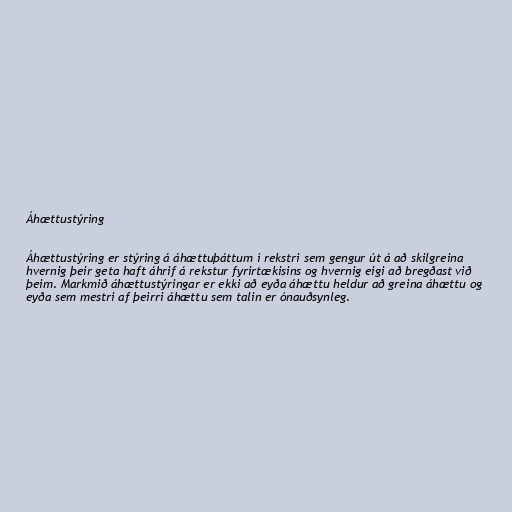
Áhættustýring

Áhættustýring er stýring á áhættuþáttum í rekstri sem gengur út á að skilgreina
hvernig þeir geta haft áhrif á rekstur fyrirtækisins og hvernig eigi að bregðast við
þeim. Markmið áhættustýringar er ekki að eyða áhættu heldur að greina áhættu og
eyða sem mestri af þeirri áhættu sem talin er ónauðsynleg.